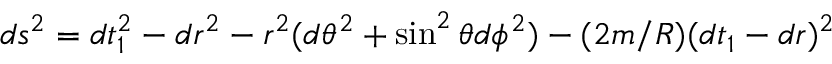
d s ^ { 2 } = d t _ { 1 } ^ { 2 } - d r ^ { 2 } - r ^ { 2 } ( d \theta ^ { 2 } + \sin ^ { 2 } \theta d \phi ^ { 2 } ) - ( 2 m / R ) ( d t _ { 1 } - d r ) ^ { 2 }